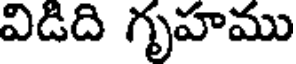
విడిది గృహము